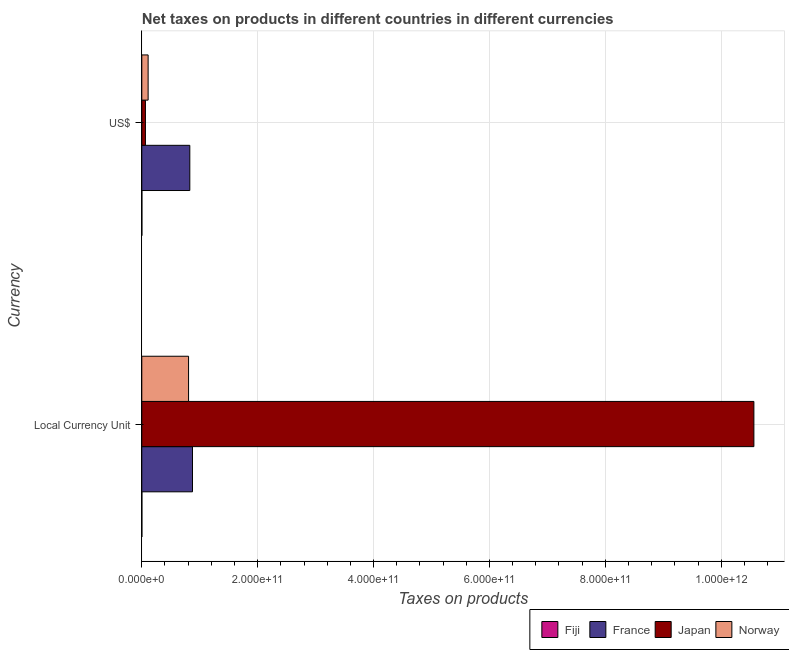
| Currency | Fiji | France | Japan | Norway |
 | --- | --- | --- | --- | --- |
 | Local Currency Unit | 1.36e+08 | 8.75e+10 | 1.06e+12 | 8.07e+10 |
 | US$ | 1.2e+08 | 8.29e+10 | 6.27e+09 | 1.09e+10 |